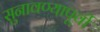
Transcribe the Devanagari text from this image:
सुनावण्यापूर्वी